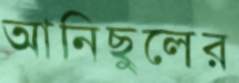
আনিছুলের